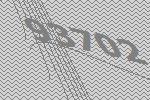
93702